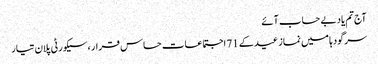
آج تم یاد بے حساب آئے
سرگودہا میں نماز عید کے 71 اجتماعات حساس قرار ، سیکورٹی پلان تیار